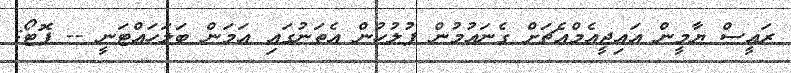
ރައީސް ޔާމީން އައިޖީއެމްއެޗަށް ގެނައުމުން ފުލުހުން އެތަނުގައި އަމަން ބަލަހައްޓަނީ -- ފޮޓޯ: